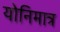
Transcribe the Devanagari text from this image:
योनिमात्र